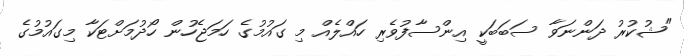
"ޝުކުރު ދަންނަވާ ސަބަބަކީ އިންސާފުވެރި ހައްލެއް މި ގައުމުގެ ހަމަޖެހުން ހޯދުމަށްޓަކާ މިގައުމުގެ